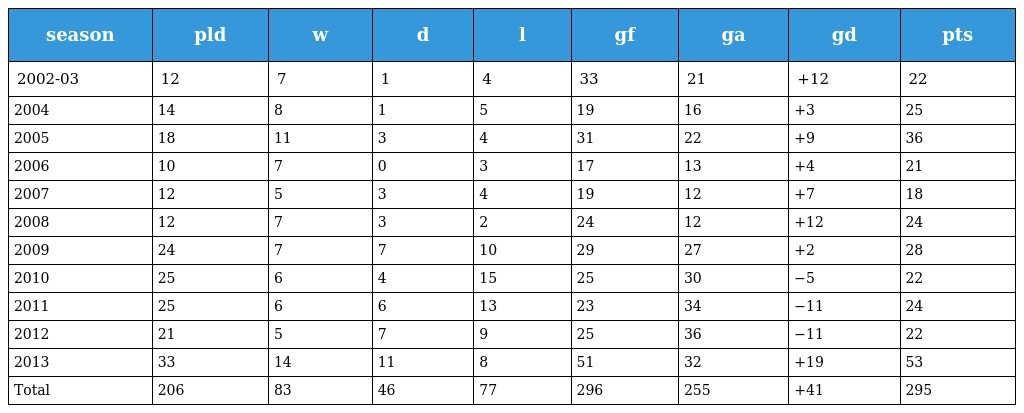
| season | pld | w | d | l | gf | ga | gd | pts |
 | --- | --- | --- | --- | --- | --- | --- | --- | --- |
 | 2002-03 | 12 | 7 | 1 | 4 | 33 | 21 | +12 | 22 |
 | 2004 | 14 | 8 | 1 | 5 | 19 | 16 | +3 | 25 |
 | 2005 | 18 | 11 | 3 | 4 | 31 | 22 | +9 | 36 |
 | 2006 | 10 | 7 | 0 | 3 | 17 | 13 | +4 | 21 |
 | 2007 | 12 | 5 | 3 | 4 | 19 | 12 | +7 | 18 |
 | 2008 | 12 | 7 | 3 | 2 | 24 | 12 | +12 | 24 |
 | 2009 | 24 | 7 | 7 | 10 | 29 | 27 | +2 | 28 |
 | 2010 | 25 | 6 | 4 | 15 | 25 | 30 | −5 | 22 |
 | 2011 | 25 | 6 | 6 | 13 | 23 | 34 | −11 | 24 |
 | 2012 | 21 | 5 | 7 | 9 | 25 | 36 | −11 | 22 |
 | 2013 | 33 | 14 | 11 | 8 | 51 | 32 | +19 | 53 |
 | Total | 206 | 83 | 46 | 77 | 296 | 255 | +41 | 295 |